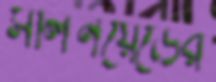
সলিনয়েডের